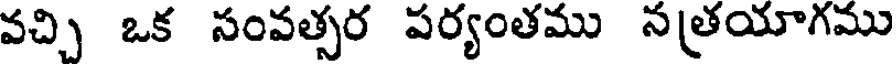
వచ్చి ఒక సంవత్సర పర్యంతము నత్రయాగము